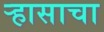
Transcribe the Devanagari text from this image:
र्‍हासाचा